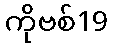
ကိုဗစ်19